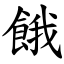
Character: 餓